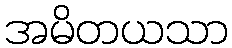
အမိတယသာ